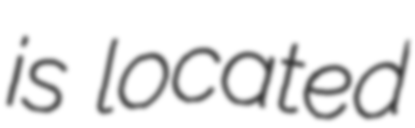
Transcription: is located